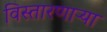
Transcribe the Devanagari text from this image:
विस्तारणाऱ्या